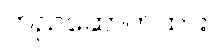
တည်ဆောက်ထား